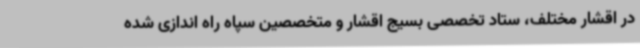
در اقشار مختلف، ستاد تخصصی بسیج اقشار و متخصصین سپاه راه اندازی شده